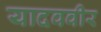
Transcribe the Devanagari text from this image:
यादववीर